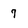
Character: 7